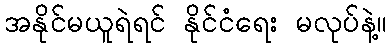
အနိုင်မယူရဲရင် နိုင်ငံရေး မလုပ်နဲ့။